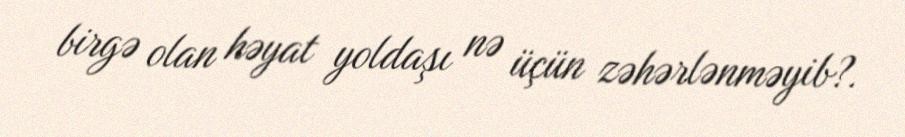
birgə olan həyat yoldaşı nə üçün zəhərlənməyib?.